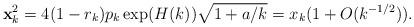
LaTeX: \begin{align*}\mathbf{x}_{k}^2 =4(1-r_k )p_k \exp(H(k))\sqrt{1+a/k} = x_k (1+O(k^{-1/2})).\end{align*}